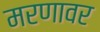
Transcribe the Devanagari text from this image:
मरणावर